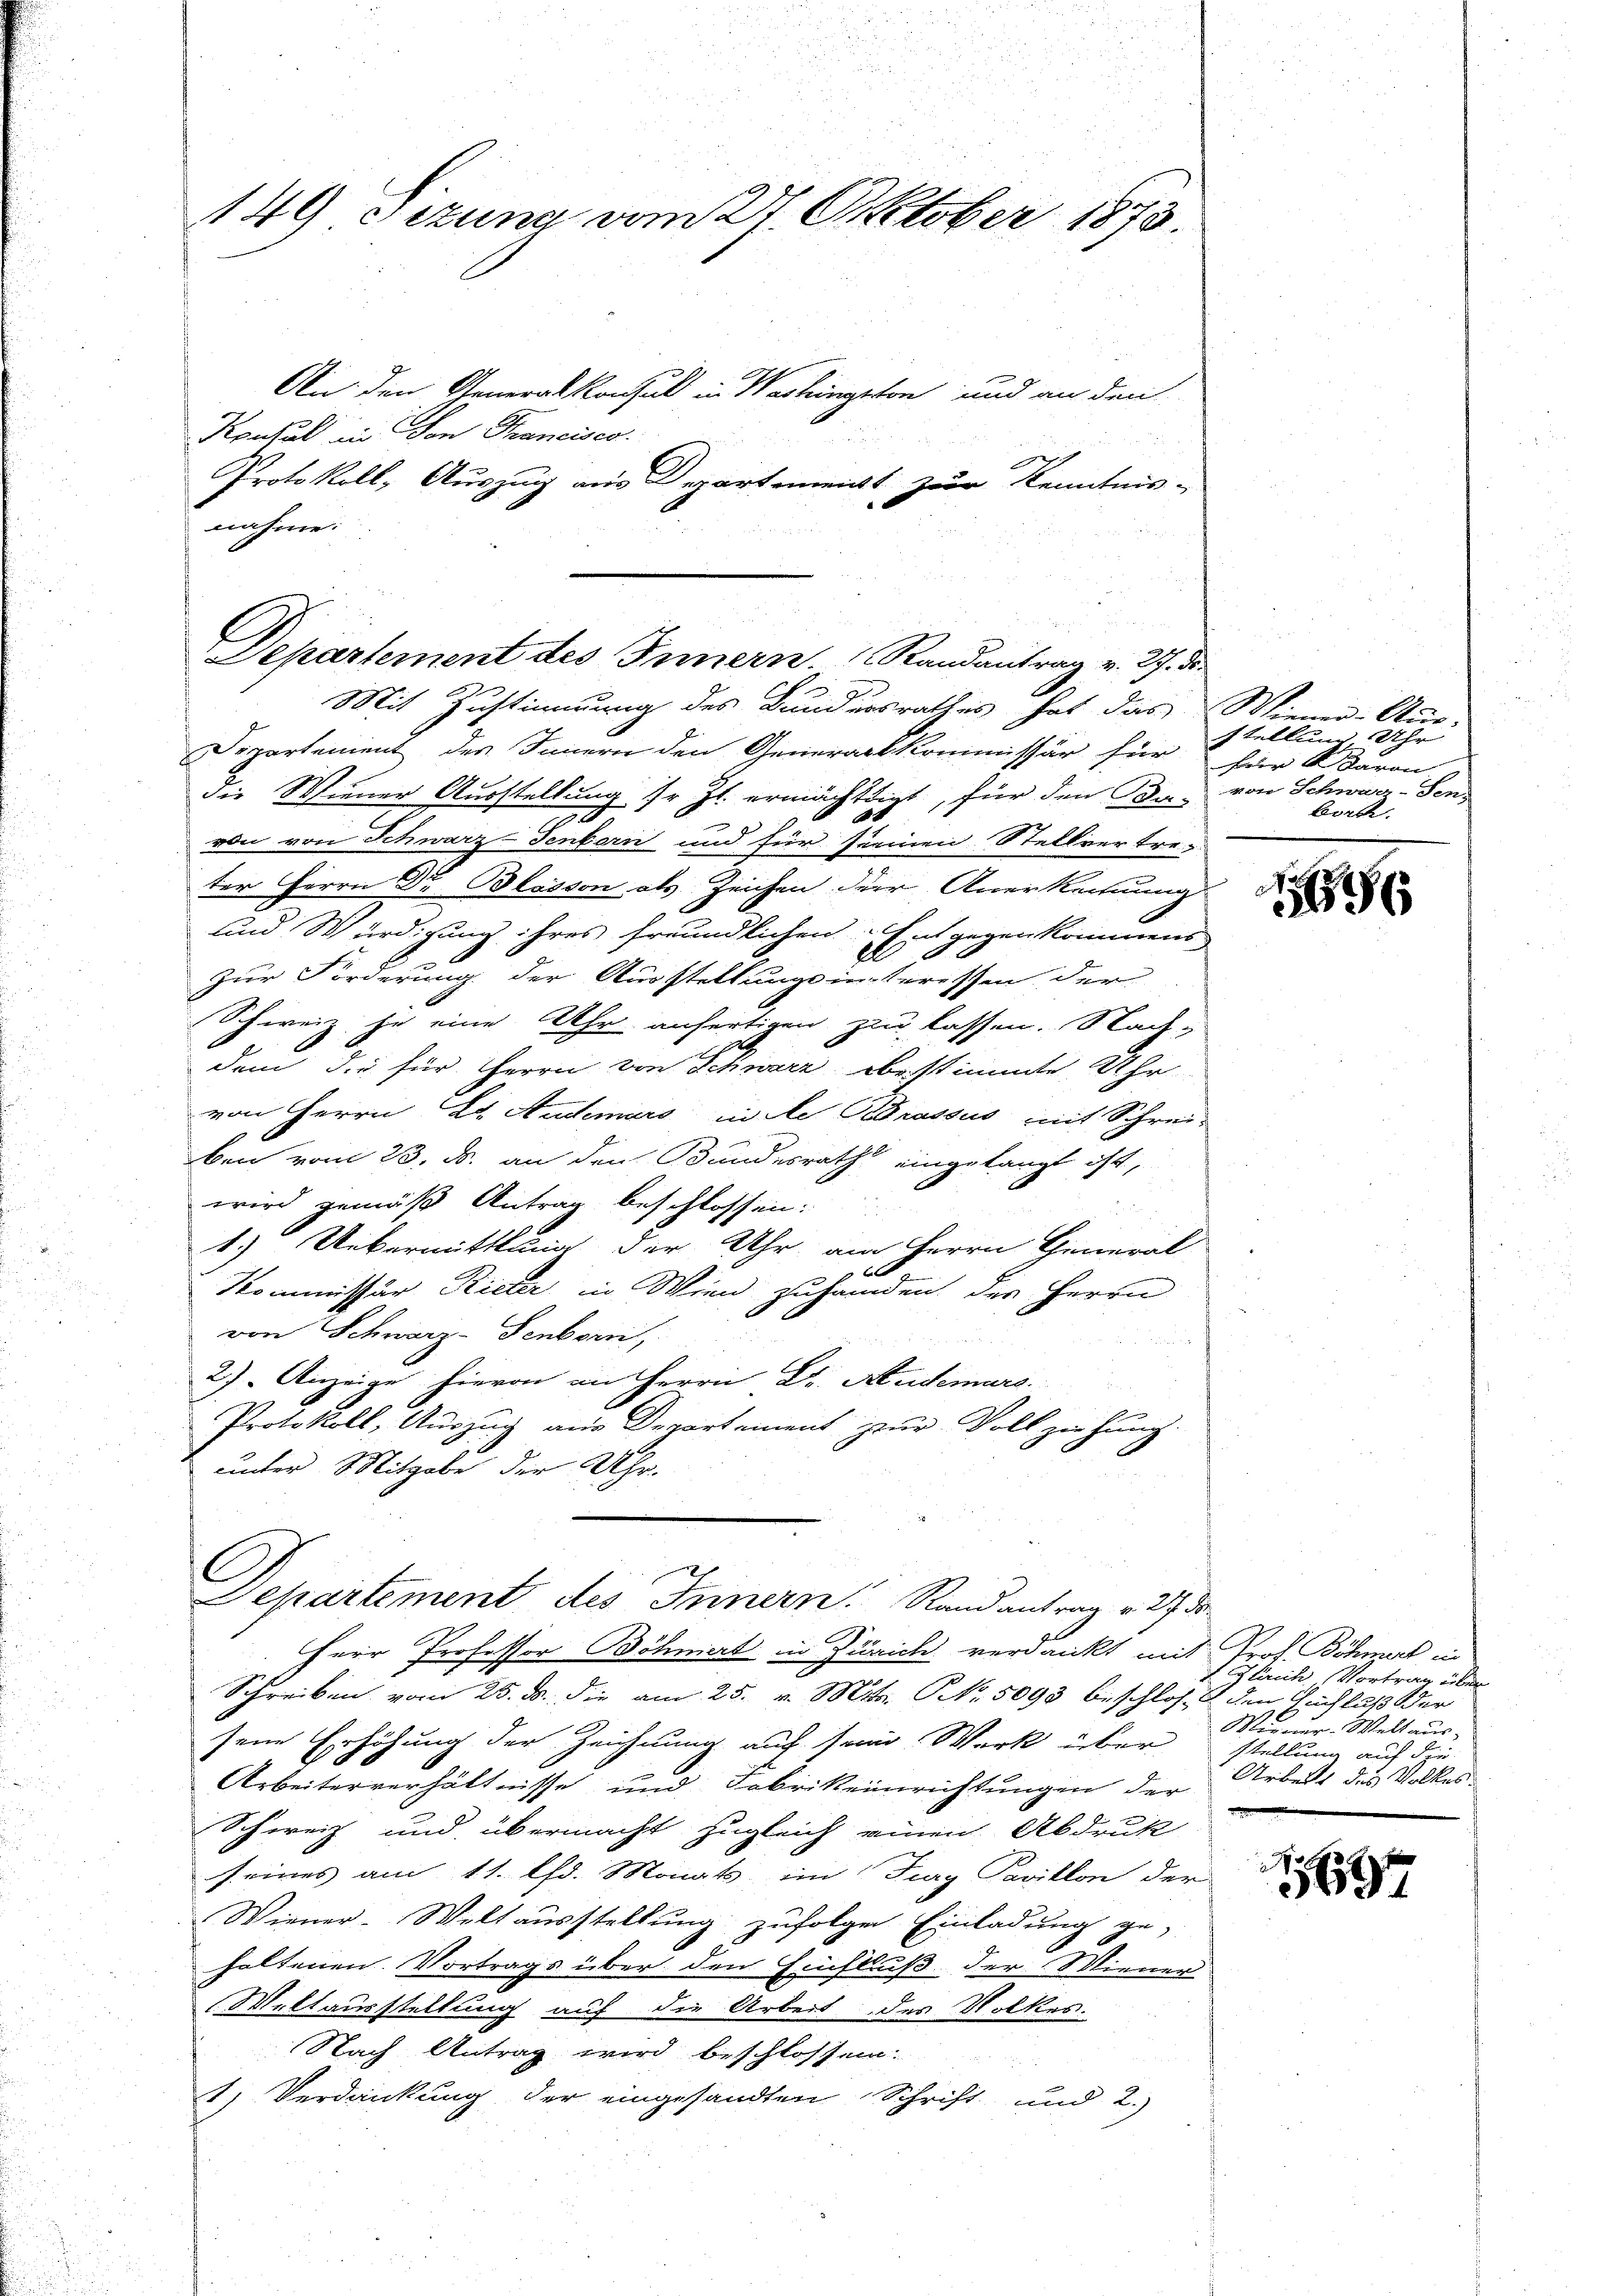
149 sezung vom 27 Oktober 1873.

An den Generalkonsul in Washington und an den
Konsul in von Trancises.
Protokoll, Auszug aus Departement zur Kenntnis-
nahme:

Departement des Innern den Generackkommissär für Stellung Uhr
die Wiener Ausstellung sr. Zt. ermächtigt, für den Bae
von von Schwarz-Jenbern und für seinen Stellvertre-
ter Herrn Dr. Blosson als Zeichen der Anerkennung
und Würdigung ihres freundlichen. Entgegen kommens
Al
Zur Forderung der Ausstellungsinteressen der
Schweiz zu eine Uhr anfertigen zu lassen. Nach-
dem die für Herrn von Schwarz bestimmte Uhr
von Herrn Dr. Andemars in de Brassus mit Schrei-
ben vom 23. ds. an den Bundesrath eingelangt ist,
wird gemäß Antrag beschlossen:
1.) Uebermittlung der Uhr, am Herrn General
Kommissär Ricker in Wien zuhanden der Herrn
von Schwarz-Senborn,
2) Anzeige hievon an Herrn Dr. Aidemars
Protokoll, Auszug aus Departement zur Vollziehung
unter Mitgabe der Uhr.

.
Separtement des Innern. Randantrag v. 27. Fr.
ge
Mit Zustimmung des Bundesrathes hat das Wiener-An-

Separtement des Innern. Randantrag v. 27 d

Herr Professor Böhmert in Zürich verdankt mit Prof. Böhmer in
Schreiben vom 25. ds. die am 25. v. Mts. No. 5093 beschloss den Sachlaß der
sene Erhöhung der Zeichnung auf sein Werk über
Arbeiterverhältnisse und Fabrikeinrichtungen der
Schweiz und übermacht zugleich einen Abdruk
seines am 11. Ch. Monats im Jury Pavillon der
Wiener-Weltausstellung zufolgen Einladung ge-
haltenen. Vortrags über den Einfluß der Wiener
Weltausstellung auf die Arbeit des Volkes.
Nach Antrag wird beschlossen.
1) Verdankung der eingesandten Schrift und 2.)

für A. Baron
von Schwaa-Sen-
bort.

Flrich Vortrag über
Merner-Welt aus-
stellung auf die
Arbeit des Volkes.

67